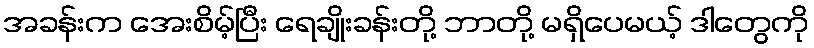
အခန်းက အေးစိမ့်ပြီး ရေချိုးခန်းတို့ ဘာတို့ မရှိပေမယ့် ဒါတွေကို